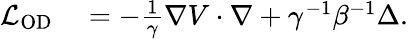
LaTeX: \begin{array}{rl}{\mathcal{L}_{\mathrm{OD}}}&{{}=-\frac{1}{\gamma}\nabla V\cdot\nabla+\gamma^{-1}\beta^{-1}\Delta.}\end{array}